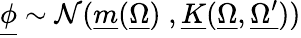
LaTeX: \underline{{\phi}}\sim\mathcal{N}(\underline{{m}}(\underline{{\Omega}})\; ,\underline{{K}}(\underline{{\Omega}},\underline{{\Omega^{\prime}}}))